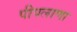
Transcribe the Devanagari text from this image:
पीपलाणा